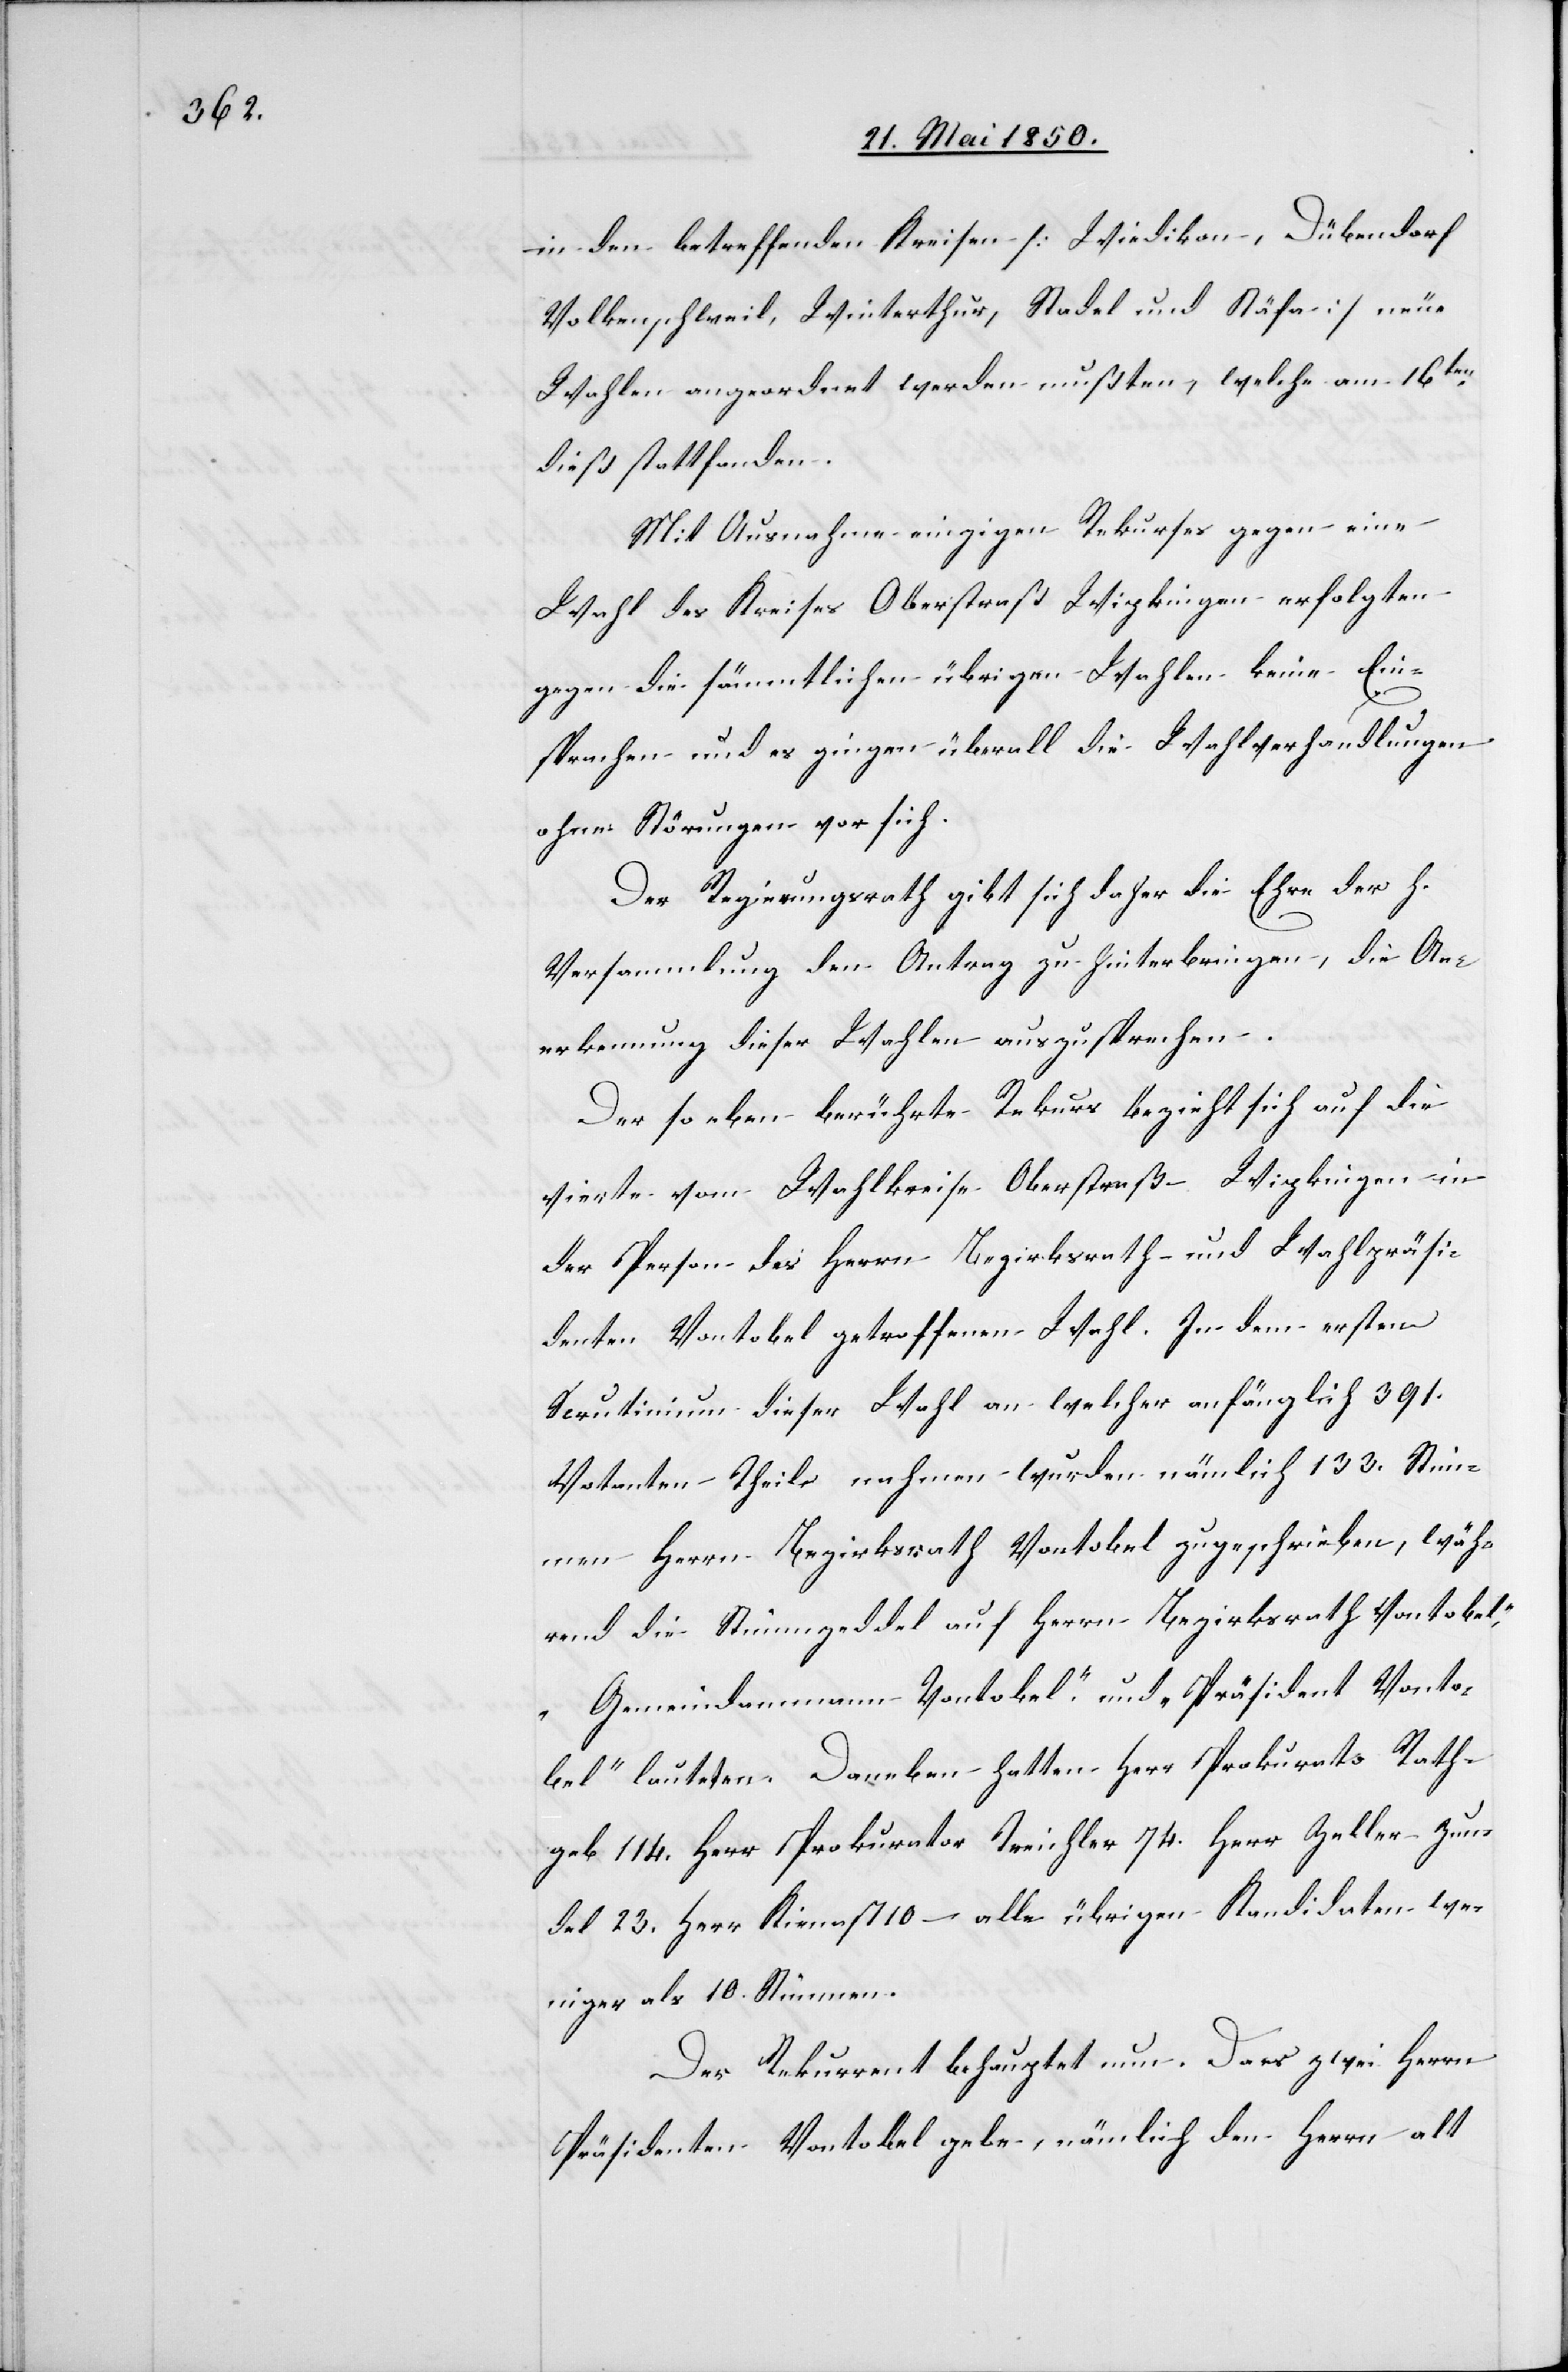
in den betreffenden Kreisen [Wetzikon, Dübendorf[,]
Volkenschweil, Winterthur, Stadel und Stäfa] neue
Wahlen angeordnet werden mußten, welche am 16ten
dieß stattfanden.
Mit Ausnahme [eines] einzigen Rekurses gegen eine
Wahl des Kreises Oberstraß Wipkingen erfolgten
gegen die sämmtlichen übrigen Wahlen keine Ein¬
sprachen und es gingen überall die Wahlverhandlungen
ohne Störungen vor sich.
Der Regierungsrath gibt sich daher die Ehre der h.
Versammlung den Antrag zu hinterbringen, die An¬
erkennung dieser Wahlen auszusprechen.
Der so eben berührte Rekurs bezieht sich auf die
vierte vom Wahlkreise Oberstraß-Wipkingen in
der Person des Herrn Bezirksrath und Wahlpräsi¬
denten Vontobel getroffenen Wahl. In dem ersten
Scrutinium dieser Wahl an welcher anfänglich 391.
Votanten Theil nahmen wurden nämlich 133. Stim¬
men Herrn Bezirksrath Vontobel zugeschrieben, wäh¬
rend die Stimmzeddel auf [„]Herrn Bezirksrath Vontobel“,
„Gemeindamman Vontobel“ und „Präsident Vonto¬
bel“ lauteten. Daneben hatten Herr Prokurato[r] Rath¬
geb 114.[,] Herr Prokurator Treichler 74.[,] Herr Zeller-Zun¬
del 23.[,] Herr Kienast 10 – alle übrigen Kandidaten we¬
niger als 10. Stimmen.
Der Rekurrent behauptet nun. Da es zwei Herrn
Präsidenten Vontobel gebe, nämlich den Herrn alt